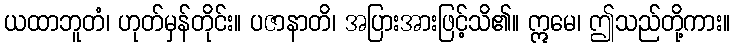
ယထာဘူတံ၊ ဟုတ်မှန်တိုင်း။ ပဇာနာတိ၊ အပြားအားဖြင့်သိ၏။ ဣမေ၊ ဤသည်တို့ကား။